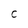
Character: C